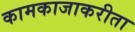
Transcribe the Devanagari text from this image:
कामकाजाकरीता